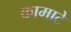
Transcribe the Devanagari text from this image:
कामाटे